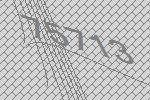
75713